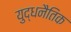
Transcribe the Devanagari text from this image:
युद्धनैतिक